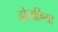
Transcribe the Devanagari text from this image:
ढोलक्रिया